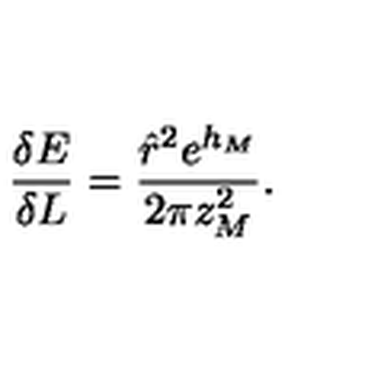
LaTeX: \frac { \delta E } { \delta L } = \frac { { \hat { r } } ^ { 2 } e ^ { h _ { M } } } { 2 \pi z _ { M } ^ { 2 } } .